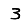
Digit: 3